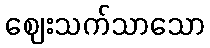
ဈေးသက်သာသော